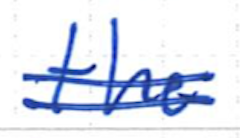
Text: the
Cross-out: double-line
Writing tool: ballpoint